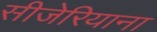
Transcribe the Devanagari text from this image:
सीजेरियाना